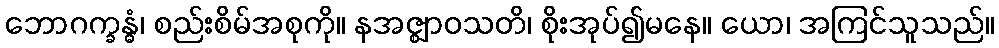
ဘောဂက္ခန္ဓံ၊ စည်းစိမ်အစုကို။ နအဇ္ဈာဝသတိ၊ စိုးအုပ်၍မနေ။ ယော၊ အကြင်သူသည်။